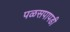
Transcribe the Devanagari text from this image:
पळसपापडी